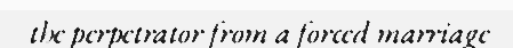
the perpetrator from a forced marriage